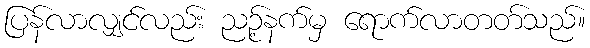
ပြန်လာလျှင်လည်း ညဉ့်နက်မှ ရောက်လာတတ်သည်။